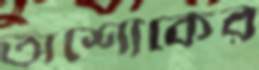
অশোকের